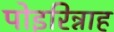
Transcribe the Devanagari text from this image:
पोइरिन्नाह